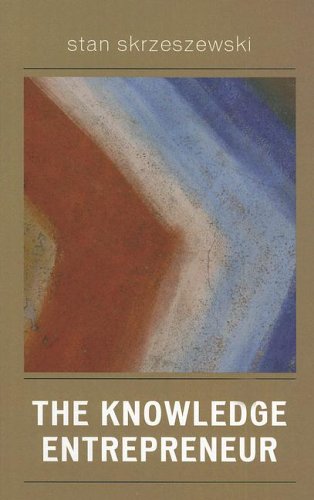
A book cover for The Knowledge Entrepreneur; Stan Skrzeszewski; Business & Money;